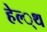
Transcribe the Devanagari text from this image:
हेल्‍्थ